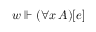
w \Vdash ( \forall x \, A ) [ e ]